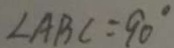
\angle A B C = 9 0 ^ { \circ }